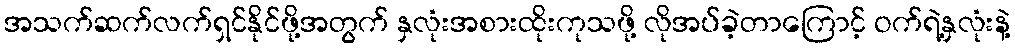
အသက်ဆက်လက်ရှင်နိုင်ဖို့အတွက် နှလုံးအစားထိုးကုသဖို့ လိုအပ်ခဲ့တာကြောင့် ဝက်ရဲ့နှလုံးနဲ့